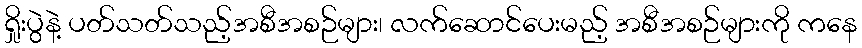
ရှိုးပွဲနဲ့ ပတ်သတ်သည့်အစီအစဉ်များ၊ လက်ဆောင်ပေးမည့် အစီအစဉ်များကို ကနေ